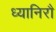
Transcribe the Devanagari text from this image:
ध्यानिरौ